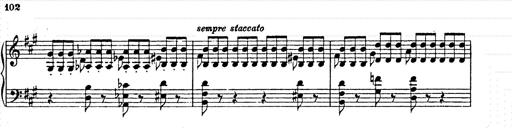
Title: AnnÃ©es de pÃ¨lerinage II
Composer: Franz Liszt